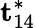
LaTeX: \mathbf{t}_{14}^{\ast}